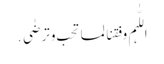
اللّٰہم وفقنا لما تحب وترضٰی․